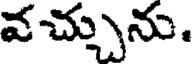
వచ్చును.